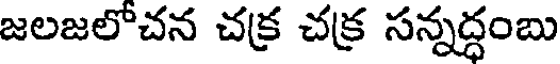
జలజలొచన చక్ర చక్ర సన్నద్ధంబు